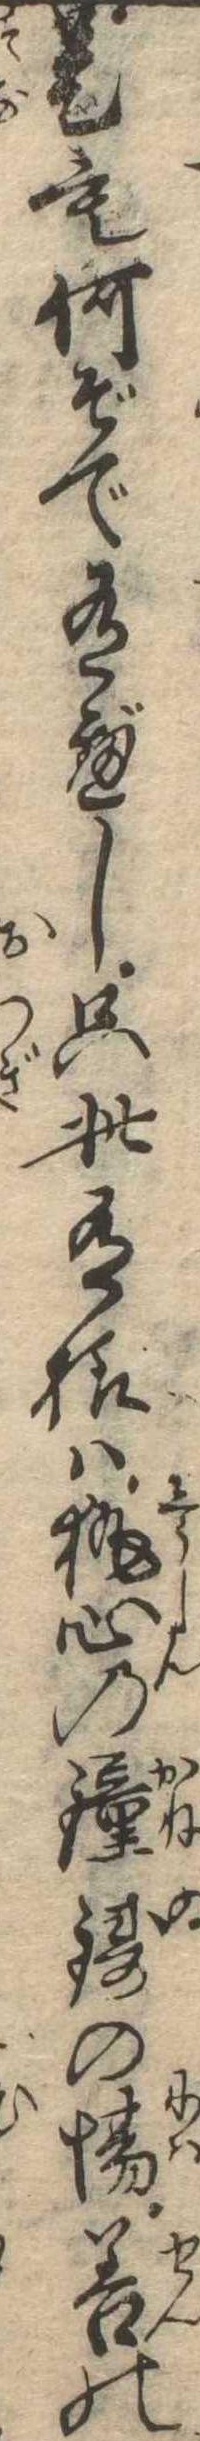
是も何ぞで有べし只此有様は執心の鐘鋳の場善の